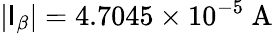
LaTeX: \left|\mathsf{I}_{\beta}\right|=4.7045\times10^{-5}\mathrm{{~A~}}